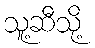
သူ့ဆီသို့